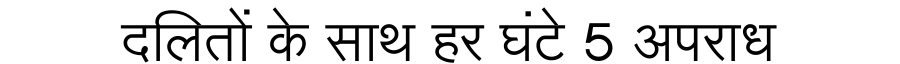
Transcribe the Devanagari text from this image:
दलितों के साथ हर घंटे 5 अपराध